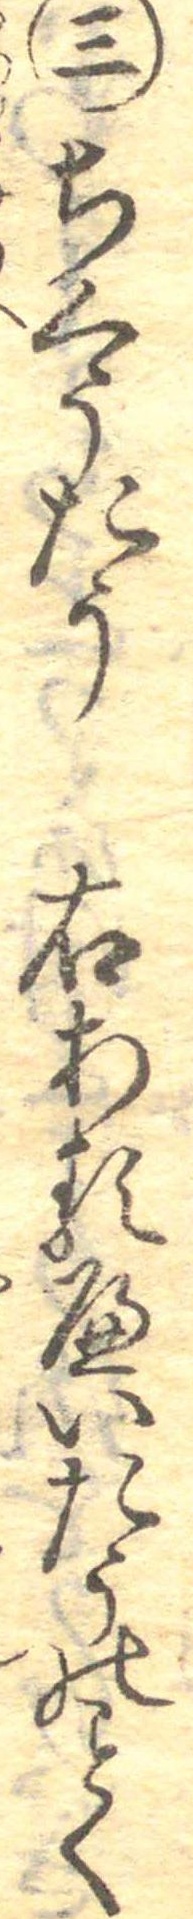
三ちくうたう右あるへいたうのく